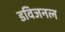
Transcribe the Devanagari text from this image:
डविजनल